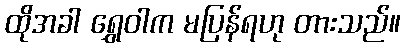
ထိုအခါ ရွှေဝါက မပြန်ရဟု တားသည်။